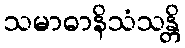
သမာဓာနိသံသန္တိ